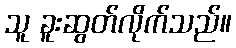
သူ ခူးဆွတ်လိုက်သည်။